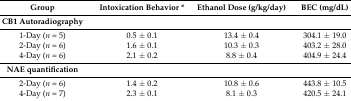
<table><thead><tr><td><b>Group</b></td><td><b>Intoxication Behavior *</b></td><td><b>Ethanol Dose (g/kg/day)</b></td><td><b>BEC (mg/dL)</b></td></tr></thead><tbody><tr><td><b>CB1 Autoradiography</b></td><td></td><td></td><td></td></tr><tr><td>1-Day (<i>n</i> = 5)</td><td>0.5 ± 0.1</td><td>13.4 ± 0.4</td><td>304.1 ± 19.0</td></tr><tr><td>2-Day (<i>n</i> = 6)</td><td>1.6 ± 0.1</td><td>10.3 ± 0.3</td><td>403.2 ± 28.0</td></tr><tr><td>4-Day (<i>n</i> = 6)</td><td>2.1 ± 0.2</td><td>8.8 ± 0.4</td><td>404.9 ± 24.4</td></tr><tr><td><b>NAE quantification</b></td><td></td><td></td><td></td></tr><tr><td>2-Day (<i>n</i> = 6)</td><td>1.4 ± 0.2</td><td>10.8 ± 0.6</td><td>443.8 ± 10.5</td></tr><tr><td>4-Day (<i>n</i> = 7)</td><td>2.3 ± 0.1</td><td>8.1 ± 0.3</td><td>420.5 ± 24.1</td></tr></tbody></table>